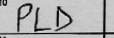
Transcription: PLD